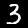
Label: 3